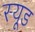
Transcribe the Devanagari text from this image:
स्‍यूड